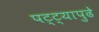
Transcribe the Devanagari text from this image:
पट्ट्यापुढे